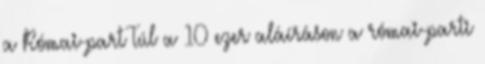
a Római-part Túl a 10 ezer aláíráson a római-parti